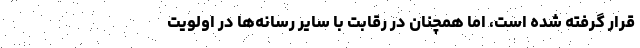
قرار گرفته شده است، اما همچنان در رقابت با سایر رسانه‌ها در اولویت